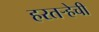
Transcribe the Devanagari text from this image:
हरतर्‍हेची